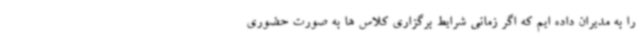
را به مدیران داده ایم که اگر زمانی شرایط برگزاری کلاس ها به صورت حضوری